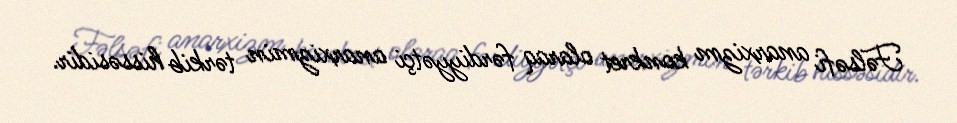
Fəlsəfi anarxizm konkret olaraq fərdiyyətçi anarxizmin tərkib hissəsidir.